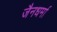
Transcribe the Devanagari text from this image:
जैनधर्मा